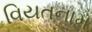
વિયતનામ